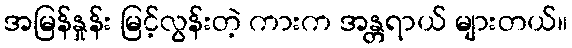
အမြန်နှုန်း မြင့်လွန်းတဲ့ ကားက အန္တရာယ် များတယ်။